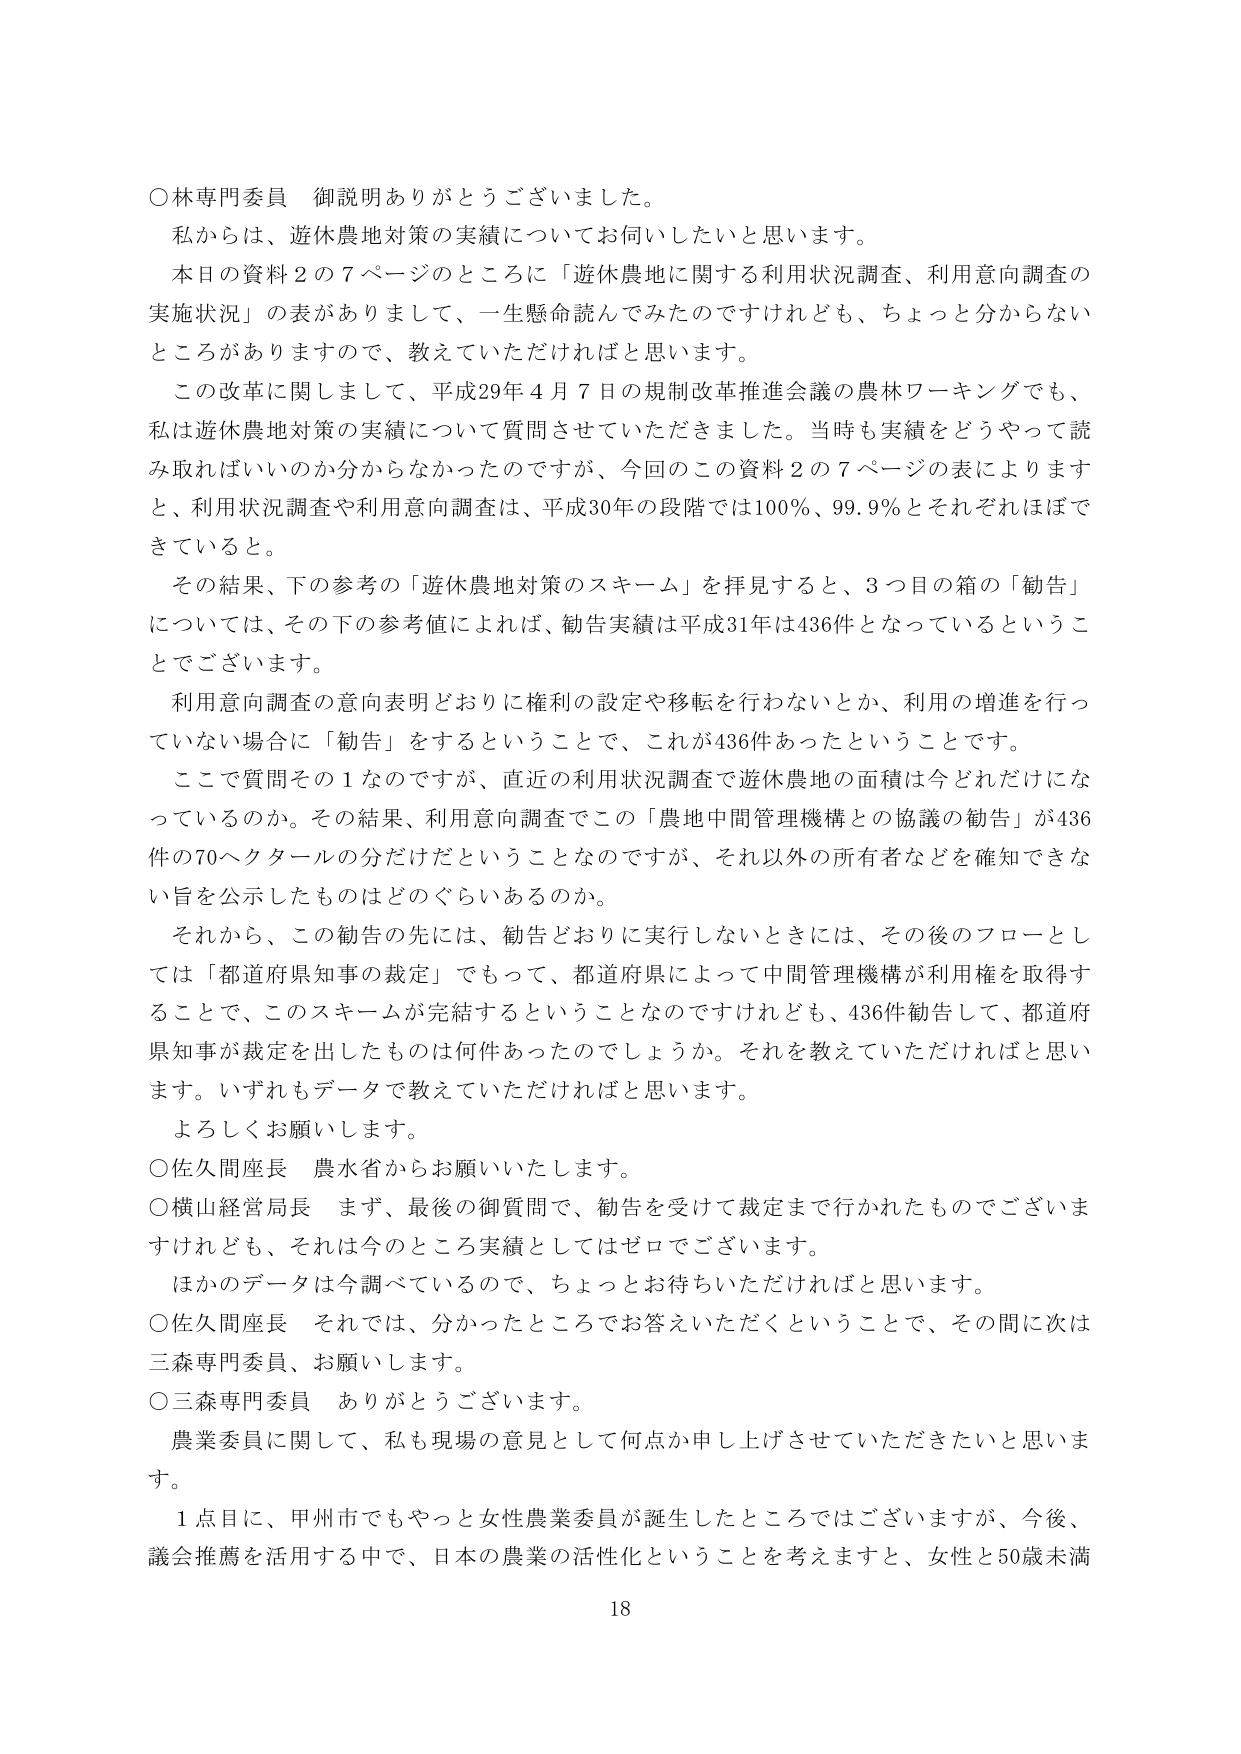
○林専門委員 御説明ありがとうございました。
私からは、遊休農地対策の実績についてお伺いしたいと思います。
本日の資料２の７ページのところに「遊休農地に関する利用状況調査、利用意向調査の実施状況」の表がありますので、一生懸命読んでみたのですけれども、ちょっと分からないところがありますので、教えていただければと思います。
この改革に関しまして、平成29年４月７日の規制改革推進会議の農林ワーキングでも、私は遊休農地対策の実績について質問させていただきました。当時も実績をどうやって読み取ればいいのか分からなかったのですが、今回のこの資料２の７ページの表によりますと、利用状況調査や利用意向調査は、平成30年の段階では100％、99.9％とそれぞれほぼできていると。
その結果、下の参考の「遊休農地対策のスキーム」を拝見すると、３つ目の箱の「勧告」については、その下の参考値によれば、勧告実績は平成31年は436件となっているということです。
利用意向調査の意向表明どおりに権利の設定や移転を行わないとか、利用の増進を行っていない場合に「勧告」をするということで、これが436件あったということです。
ここで質問その１なのですが、直近の利用状況調査で遊休農地の面積は今どれだけになっているのか。その結果、利用意向調査でこの「農地中間管理機構との協議の勧告」が436件の70ヘクタールの分だけだということなのですが、それ以外の所有者などを確知できない旨を公示したものはどのぐらいあるのか。
それから、この勧告の先には、勧告どおりに実行しないときには、その後のフローとしては「都道府県知事の裁定」でもって、都道府県によって中間管理機構が利用権を取得することで、このスキームが完結するということなのですが、436件勧告して、都道府県知事が裁定を出したものは何件あったのでしょうか。それを教えていただければと思います。いずれもデータで教えていただければと思います。
よろしくお願いします。
○佐久間座長 農水省からお願いいたします。
○横山経営局長 まず、最後の御質問で、勧告を受けて裁定まで行われたものでございますけれども、それは今のところ実績としてはゼロでございます。
ほかのデータは今調べているので、ちょっとお待ちいただければと思います。
○佐久間座長 それでは、分かったところでお答えいただくということで、その間に次は三森専門委員、お願いします。
○三森専門委員 ありがとうございます。
農業委員に関して、私も現場の意見として何点か申し上げさせていただきたいと思います。
１点目に、甲州市でもやっと女性農業委員が誕生したところではございますが、今後、議会推薦を活用する中で、日本の農業の活性化ということを考えますと、女性と50歳未満
18